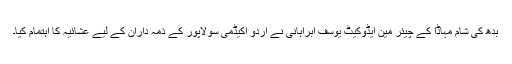
بدھ کی شام مہاڈا کے چیئر مین ایڈوکیٹ یوسف ابراہانی نے اردو اکیڈمی سولاپور کے ذمہ داران کے لیے عشائیہ کا اہتمام کیا۔